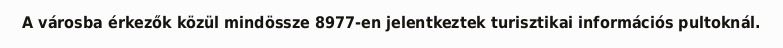
A városba érkezők közül mindössze 8977-en jelentkeztek turisztikai információs pultoknál.